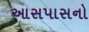
આસપાસનો